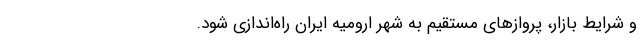
و شرایط بازار، پروازهای مستقیم به شهر ارومیه ایران راه‌اندازی شود.